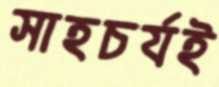
সাহচর্যই